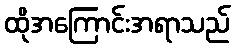
ထိုအကြောင်းအရာသည်